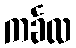
ကင်္ခလ